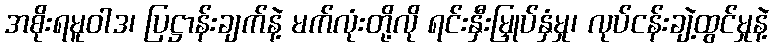
အစိုးရမူဝါဒ၊ ပြဋ္ဌာန်းချက်နဲ့ မက်လုံးတို့လို ရင်းနှီးမြှုပ်နှံမှု၊ လုပ်ငန်းချဲ့ထွင်မှုနဲ့